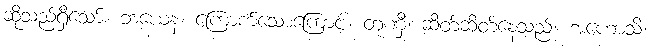
ဆိုသည်ရှိသော်။ ဘယေန၊ ကြောက်သောကြောင့်။ တုဏှီ၊ ဆိတ်ဆိတ်နေသည်။ အဟောသိ၊